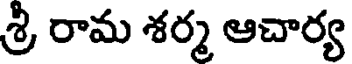
శ్రీ రామ శర్మ ఆచార్య